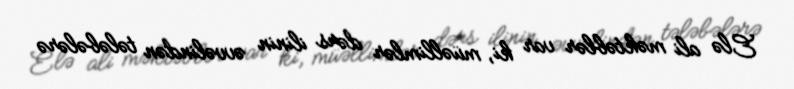
Elə ali məktəblər var ki, müəllimlər dərs ilinin əvvəlindən tələbələrə